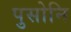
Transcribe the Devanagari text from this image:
पुसोनि